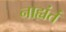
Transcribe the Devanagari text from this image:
नाह्यंतं